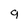
Character: g